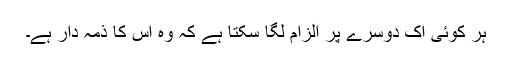
ہر کوئی اک دوسرے پر الزام لگا سکتا ہے کہ وہ اس کا ذمہ دار ہے۔